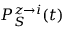
P _ { S } ^ { z \rightarrow i } ( t )